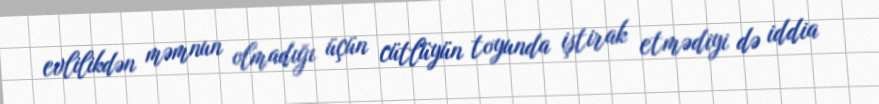
evlilikdən məmnun olmadığı üçün cütlüyün toyunda iştirak etmədiyi də iddia